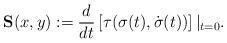
LaTeX: \begin{align*}{ \textbf S}(x,y): = \frac{d}{{dt}}\left[ {\tau (\sigma (t),\dot \sigma (t))} \right]\left|_{t = 0}. \right.\end{align*}